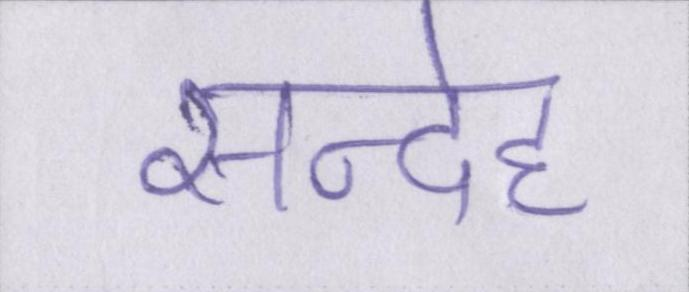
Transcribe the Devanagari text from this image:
सन्देह